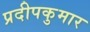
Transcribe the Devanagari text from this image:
प्रदीपकुमार